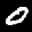
Label: 0